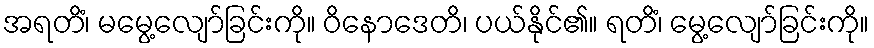
အရတိံ၊ မမွေ့လျော်ခြင်းကို။ ဝိနောဒေတိ၊ ပယ်နိုင်၏။ ရတိံ၊ မွေ့လျော်ခြင်းကို။